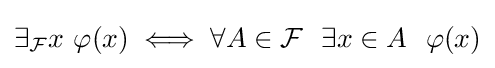
\exists _{\mathcal {F}}x\ \varphi (x)\iff \forall A\in {\mathcal {F}}\ \ \exists x\in A\ \ \varphi (x)